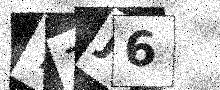
Text: Y7J6